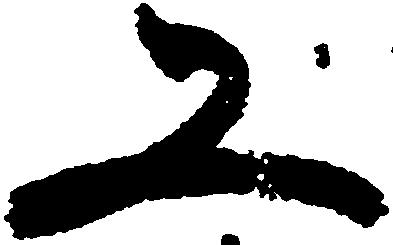
又